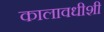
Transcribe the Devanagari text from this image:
कालावधीशी